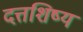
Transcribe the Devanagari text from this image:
दत्तशिष्य